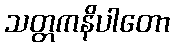
သတ္တကနိပါတော